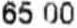
65.00